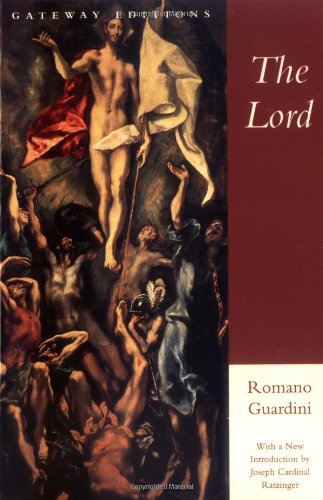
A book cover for The Lord; Romano Guardini; Christian Books & Bibles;